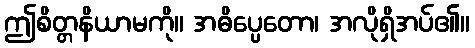
ဤစိတ္တနိယာမကို။ အဓိပ္ပေတော၊ အလိုရှိအပ်၏။